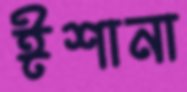
ঈশানা